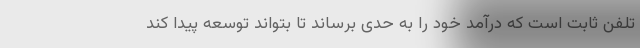
تلفن ثابت است که درآمد خود را به حدی برساند تا بتواند توسعه پیدا کند